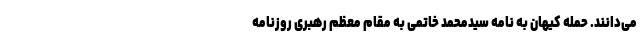
می‌دانند. حمله کیهان به نامه سیدمحمد خاتمی به مقام معظم رهبری روزنامه